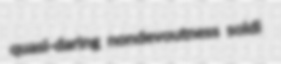
quasi-daring nondevoutness soldi